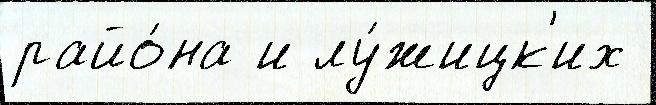
райо́на и лу́жицк'их